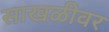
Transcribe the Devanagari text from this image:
साखळीवर